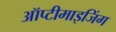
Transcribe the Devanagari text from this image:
ऑप्टीमाइजिंग